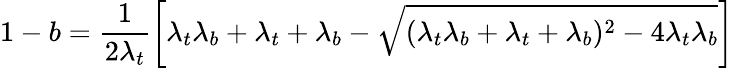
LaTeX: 1-b=\frac 1{2\lambda_{t}}\left[\lambda_{t}\lambda_{b}+\lambda_{t}+\lambda_{b}-\sqrt{(\lambda_{t}\lambda_{b}+\lambda_{t}+\lambda_{b})^{2}-4\lambda_{t}\lambda_{b}}\right]